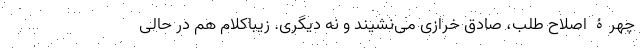
چهرۀ اصلاح طلب، صادق خرازی می‌نشیند و نه دیگری. زیباکلام هم در حالی